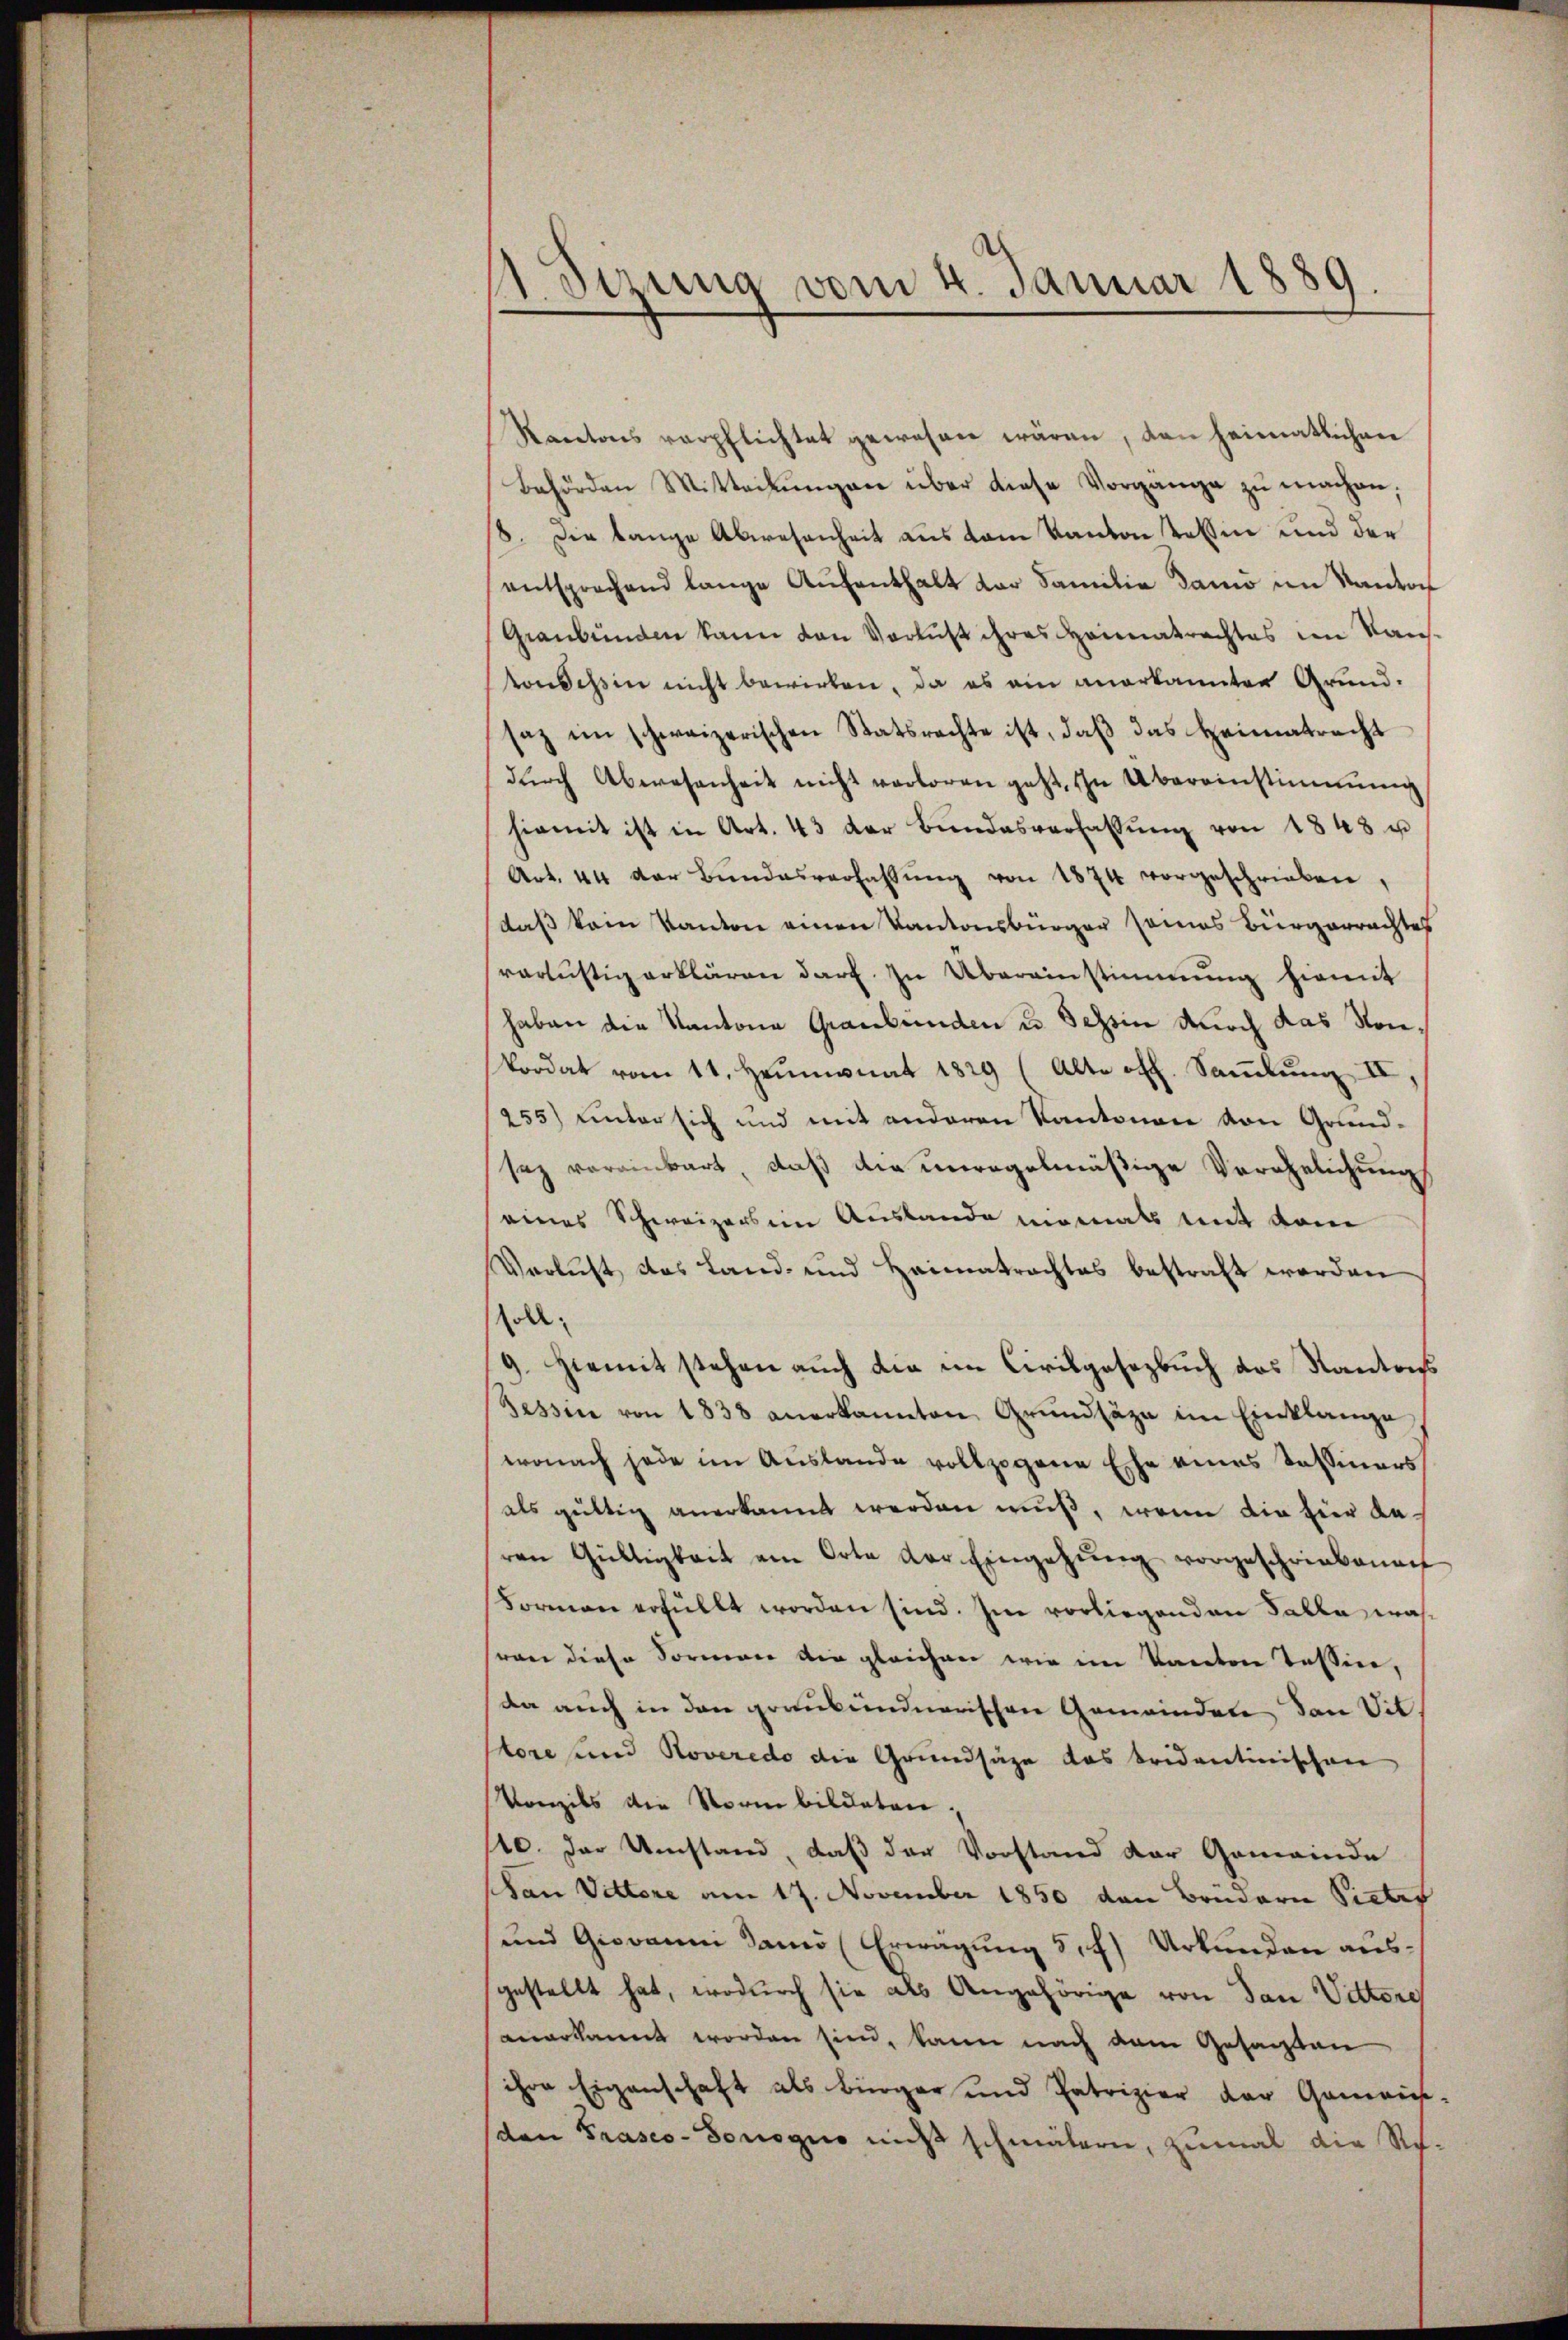
1 Sizung vom 4. Januar 1889.

Racetons verpflichtet gewesen wären, den heimatlichen
Behörden Mitteilŭngen über diese Vorgange zŭ machen,
8. Die lange Abwesenheit aus dem Kanton tessin und der
entsprechend lange Aŭfenthalt der Familie dano im Kanton
Graubünden kann von Verlust ihres Heimatrachtes im Rausvonsessin nicht bewirken, da es ein anerkannten Grund-
saz im schweizerischen Statsrechte ist, daβ das Heimatracht
dŭrch Abwesenheit nicht verloren geht, in Übereinstimmung
hiemit ist in Art. 43 der Bŭndesverfassŭng von 1848 u
Art. 44 der Bŭndesverfassŭng von 1874 vorgeschrieben,
daß kein Kanton einen Kantonsbürger seines Bürgerrachtes
verlustig erklären darf. In Übereinstimmung hiemit
haben die Kantone Graubünden u. Tessin noch das Nonkordat vom 11. Heumonat 1829 (Alte off. Samlung II,
255) unter sich und mit anderen Kantonen von Grund-
saz vereinbart, daß die unregelmäßige Verehelichung
eines Schweizers in Auslande niemals mit vom
Verlust das Land- und Heimatrachtes bestraft werden
soll.
9. Hiemit stehen auch die im Civilgesezbuch das Kantons
Tessin von 1838 anerkannten Grŭndlage im Einklange
wonach jede im Auslande vollzogene Ehe eines Tessiners
als gültig anerkannt werden muß, wenn die hier beren Gültigkeit am Orte der Eingehŭng vorgeschriebenen
Formen erfüllt worden sind. Im vorliegenden Falle, was
ran diese Formen die gleichen wie im Kanton Tessin,
da auch in den graubündnerischen Gemeinden, dan Vit
Pore und Roveredo die Grundsäze das beidentinischen
Vonzils die Norm bildeten.
110. Der Umstand, daß der Vorstand der Gemeinde
van Vettere am 17. November 1850 den Brüdern Victrf
und Giovanni dans (Erwägung 5,7) Urkunden ausgestellt hat, wodurch sie als Angehörige von dan Vittore
anerkannt worden sien, kann nach dem Gesagten
ihre Eigenschaft als Bürger und Patrizier der Gemein-
(den Praseo-Sorogio mich schmälern, zumal die Re¬